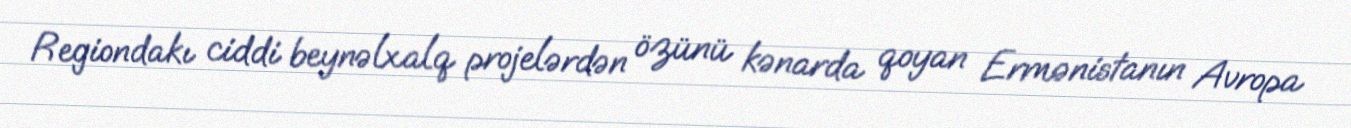
Regiondakı ciddi beynəlxalq projelərdən özünü kənarda qoyan Ermənistanın Avropa